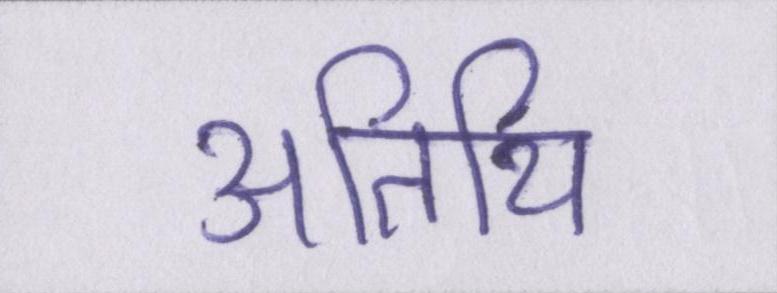
अतिथि